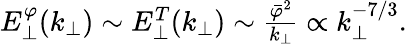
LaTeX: \begin{array}{r}{E_{\perp}^{\varphi}(k_{\perp})\sim E_{\perp}^{T}(k_{\perp})\sim\frac{\bar{\varphi}^{2}}{k_{\perp}}\propto k_{\perp}^{-7/3}.}\end{array}